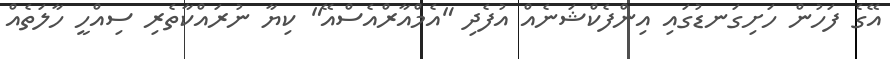
އޭގެ ފަހުން ހަށިގަނޑުގައި އިންފެކްޝަނެއް އުފެދި "އެމްއާރްއެސްއޭ" ކިޔާ ނުރައްކާތެރި ސިއްހީ ހާލަތެއް